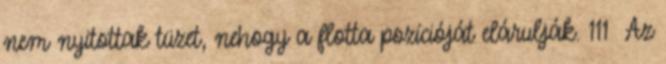
nem nyitottak tüzet, nehogy a flotta pozícióját elárulják. 111 Az